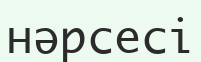
нәрсесі